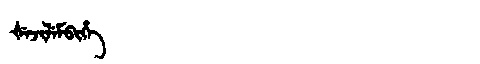
Manchu: ᡧᡝᠵᡳᠯᡝᠮᠪᡳᡥᡝ
Romanization: ŠEJILEMBIHE